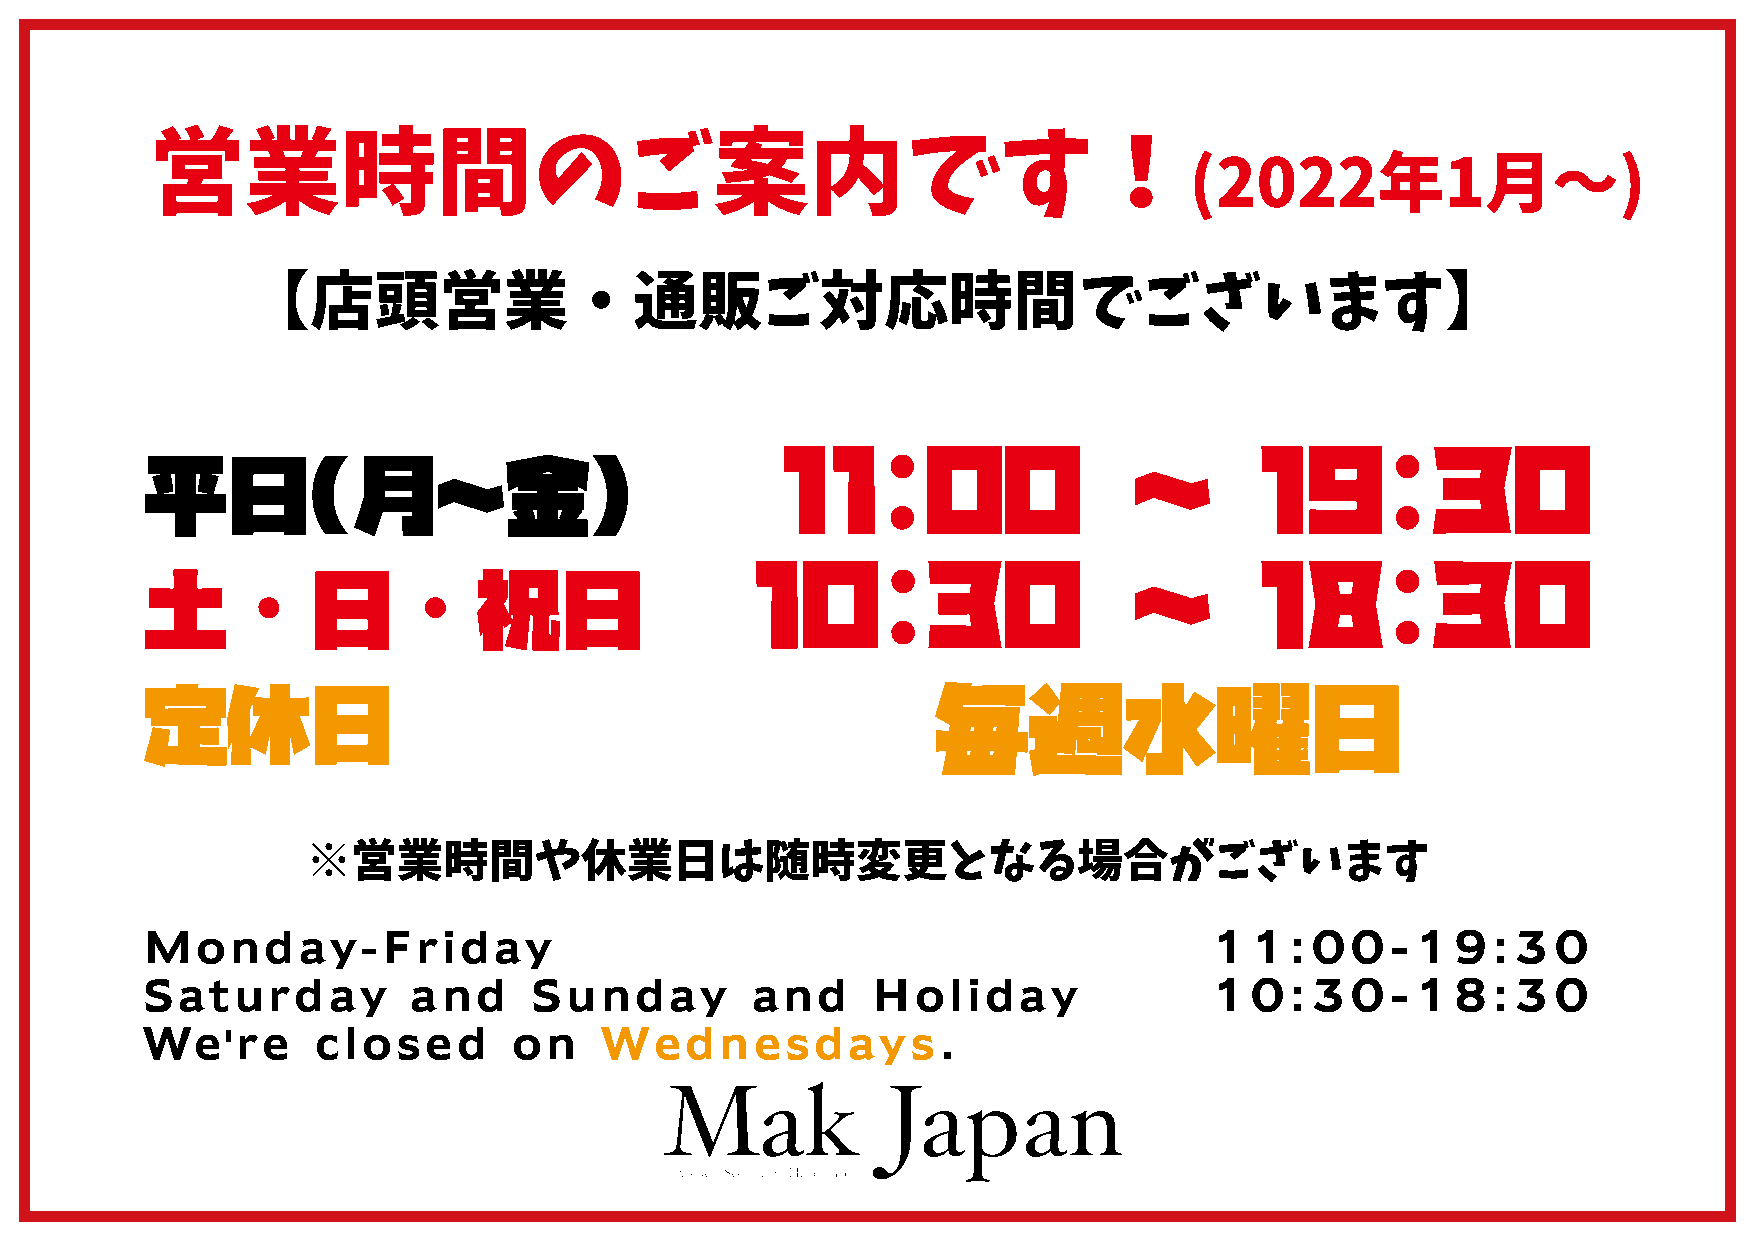
営業時間のご案内です！
 (2022年1月～)
 【店頭営業・通販ご対応時間でございます】
 11:OO                  ～       19:３O
 平日(月～金）
 1O:3O                    ～       18:３O
 土・日・祝日
 定休日                                                 毎週水曜日
 ※営業時間や休業日は随時変更となる場合がございます
 Monday-Friday                                                          11:00-19:30
 Saturday          and     Sunday         and     Holiday               10:30-18:30
 We're       closed       on    Wednesdays.